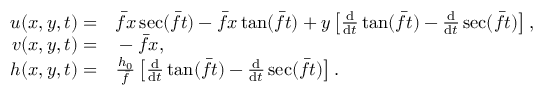
\begin{array} { r l } { u ( x , y , t ) = } & { { } \bar { f } x \sec ( \bar { f } t ) - \bar { f } x \tan ( \bar { f } t ) + y \left[ \frac { \mathrm { d } } { \mathrm { d } t } \tan ( \bar { f } t ) - \frac { \mathrm { d } } { \mathrm { d } t } \sec ( \bar { f } t ) \right] , } \\ { v ( x , y , t ) = } & { { } - \bar { f } x , } \\ { h ( x , y , t ) = } & { { } \frac { h _ { 0 } } { \bar { f } } \left[ \frac { \mathrm { d } } { \mathrm { d } t } \tan ( \bar { f } t ) - \frac { \mathrm { d } } { \mathrm { d } t } \sec ( \bar { f } t ) \right] . } \end{array}